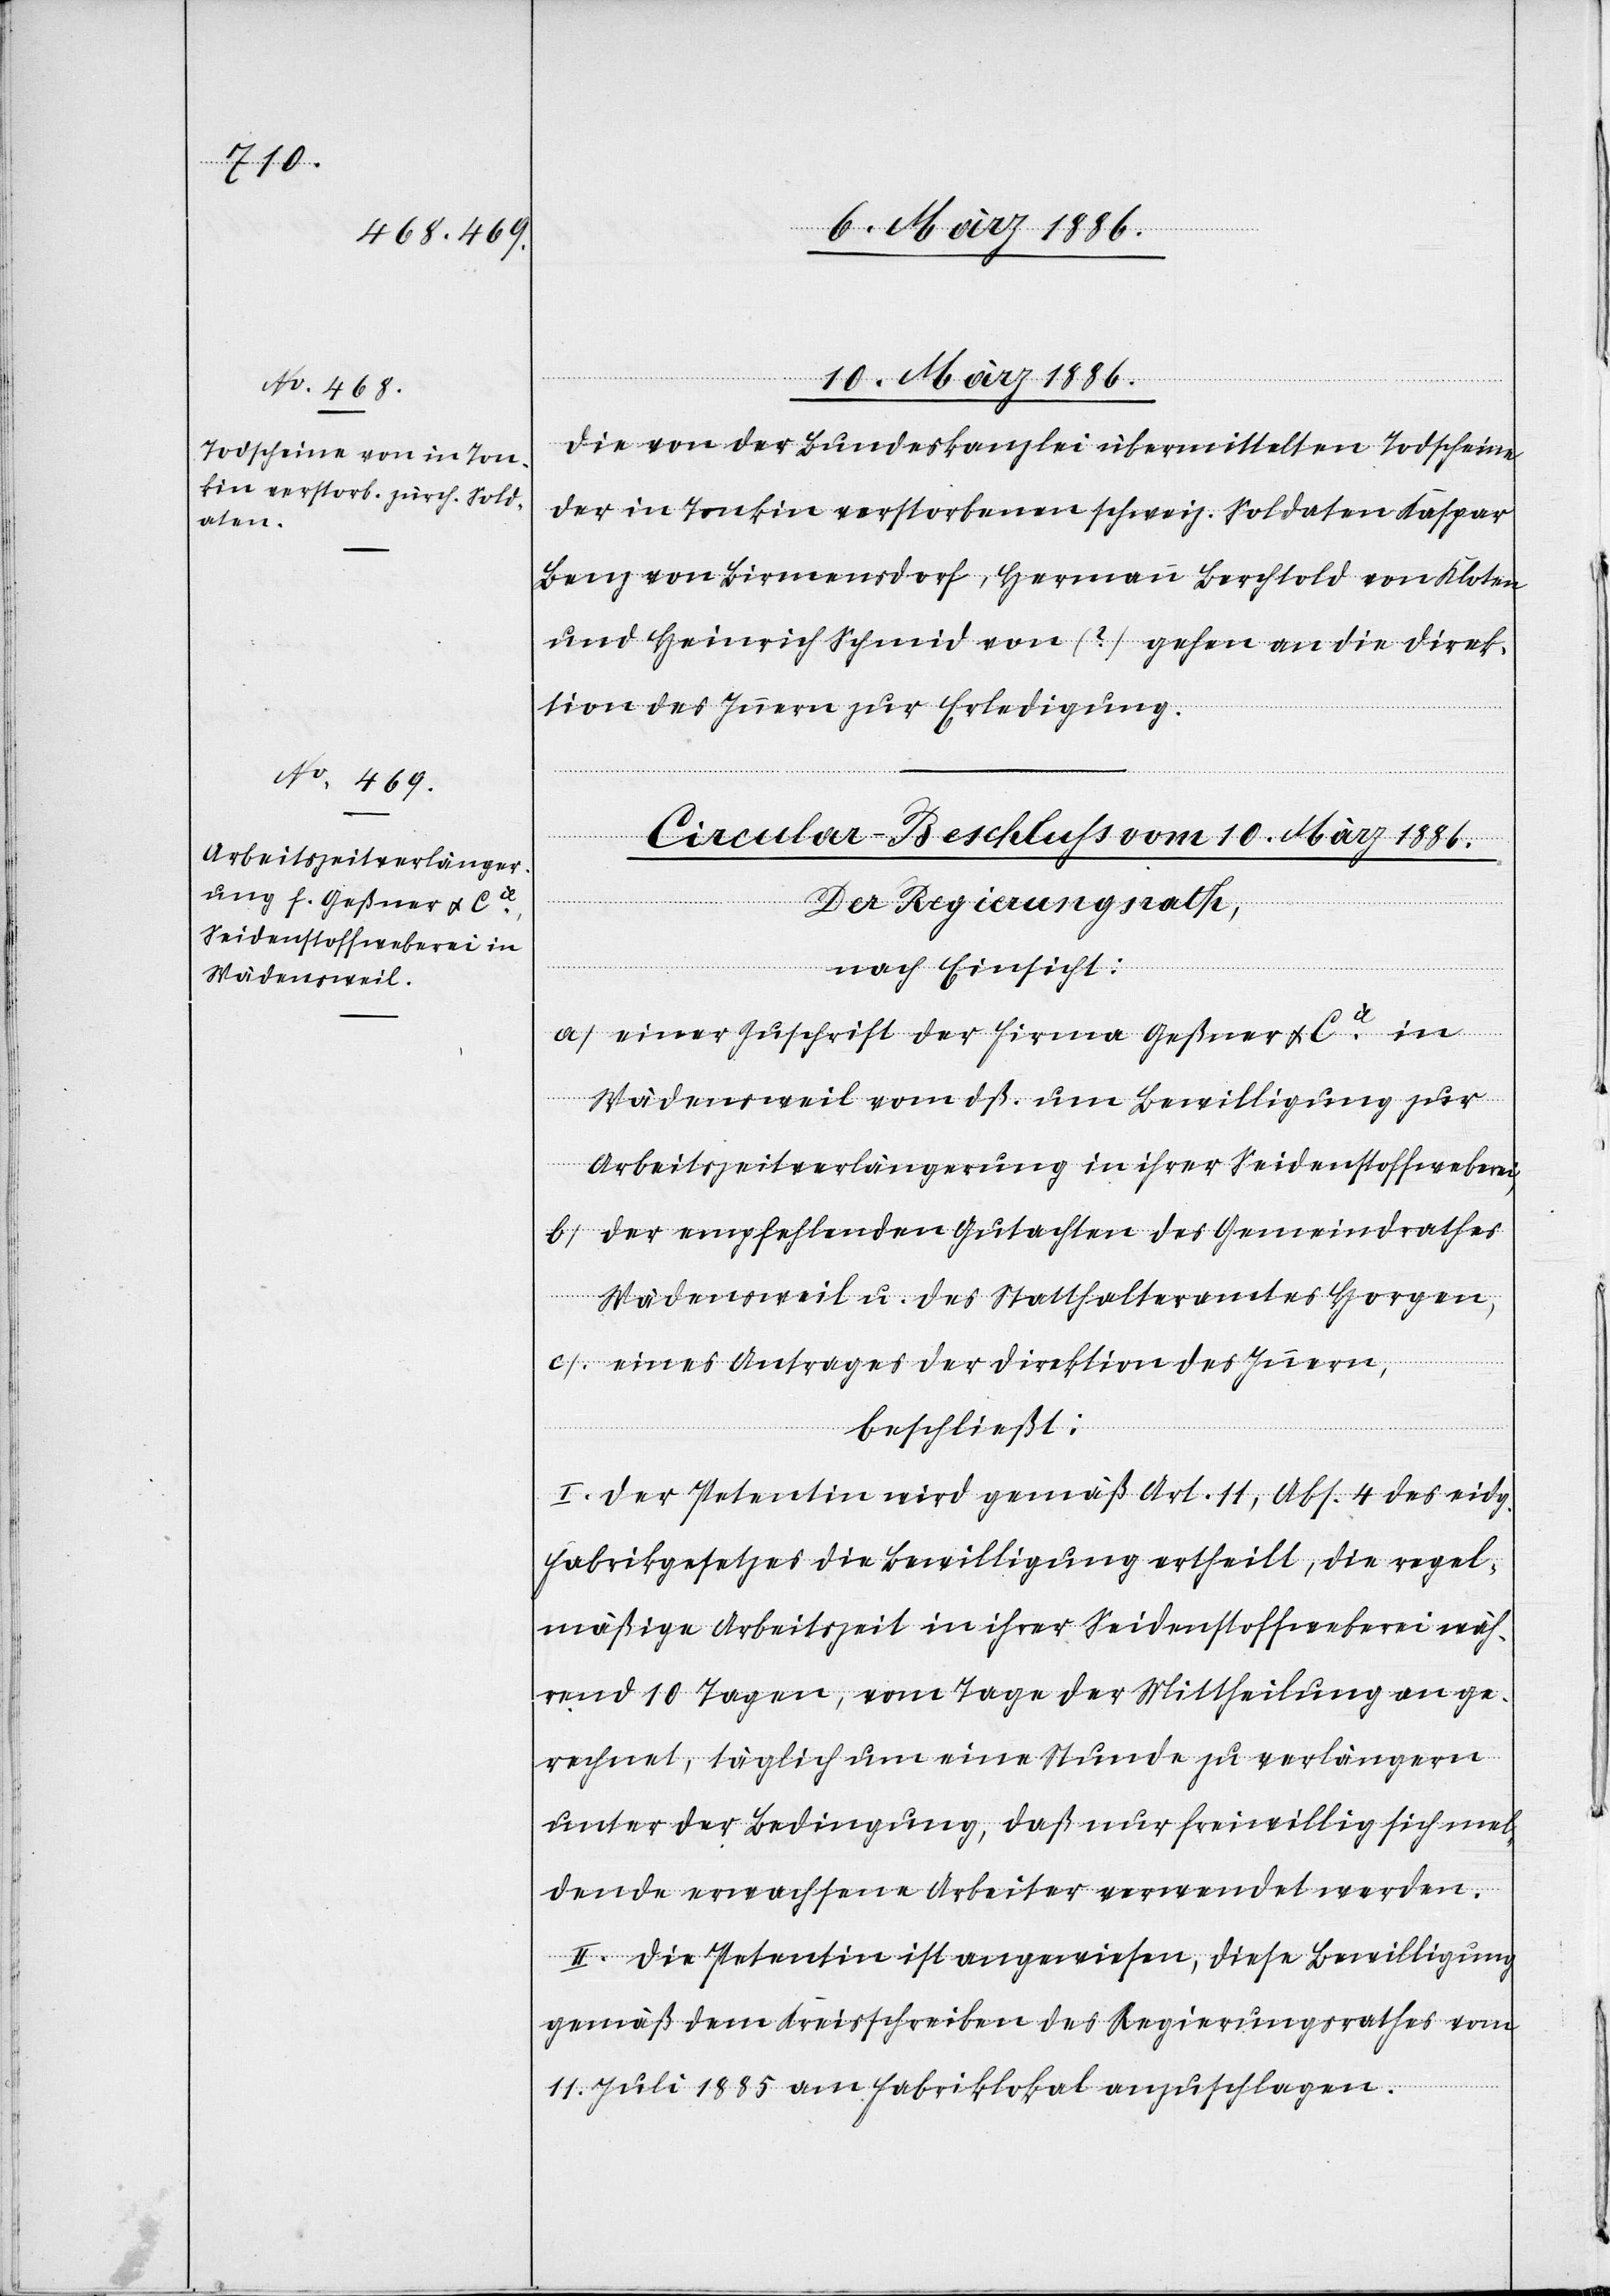
10. März 1886.
Die von der Bundeskanzlei übermittelten Todscheine
der in Tonkin verstorbenen schweiz. Soldaten Kaspar
Bent von Birmensdorf, Hermann Berchtold von Kloten
und Heinrich Schmid von (?) gehen an die Direk¬
tion des Innern zu Erledigung.
vom
Der Regierungsrath,
nach Einsicht:
a) einer Zuschrift der Firma Geßner & Cie in
Wädensweil vom dß. um Bewilligung zur
Arbeitszeitverlängerung in ihrer Seidenstoffweberei,
b) der empfehlenden Gutachten des Gemeindrathes
Wädensweil u. des Statthalteramtes Horgen,
c) eines Antrages der Direktion des Innern,
beschließt:
I. Der Petentin wird gemäß Art. 11, Abs. 4 des eidg.
Fabrikgesetzes die Bewilligung ertheilt, die regel¬
mäßige Arbeitszeit in ihrer Seidenstoffweberei wäh¬
rend 10 Tagen, vom Tage der Mittheilung an ge¬
rechnet, täglich um eine Stunde zu verlängern
unter der Bedingung, daß nur freiwillig sich mel¬
dende erwachsene Arbeiter verwendet werden.
II. Die Petentin ist angewiesen, diese Bewilligung
gemäß dem Kreisschreiben des Regierungsrathes vom
11. Juli 1885 am Fabriklokal anzuschlagen.